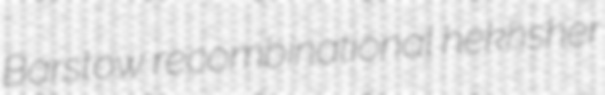
Barstow recombinational hekhsher